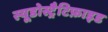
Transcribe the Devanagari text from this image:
स्यूडोस्ट्रैटिफ़ाइड